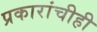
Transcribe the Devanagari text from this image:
प्रकारांचीही